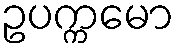
ဥပက္ကမော